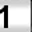
Digit: 1